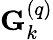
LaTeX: \mathbf{G}_{k}^{\left(q\right)}